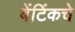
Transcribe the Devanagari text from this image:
बेंटिंकचे